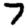
Digit: 7